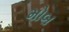
મોબ